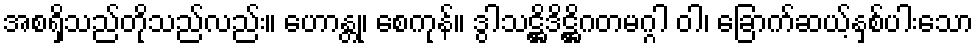
အစရှိသည်တိုသည်လည်း။ ဟောန္တု၊ စေကုန်။ ဒွါသဋ္ဌိဒိဋ္ဌိဂတမဂ္ဂါ ဝါ၊ ခြောက်ဆယ့်နှစ်ပါးသော